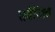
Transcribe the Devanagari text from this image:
सर्वंजित